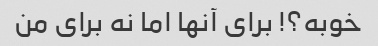
خوبه؟! برای آنها اما نه برای من